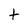
Character: t